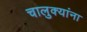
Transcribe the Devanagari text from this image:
चालुक्यांना